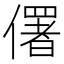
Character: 𠏲